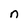
Character: n